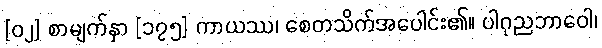
[၀၂] စာမျက်နှာ [၁၇၅] ကာယဿ၊ စေတသိက်အပေါင်း၏။ ပါဂုညဘာဝေါ၊